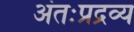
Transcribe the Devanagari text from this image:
अंतःप्रद्रव्य